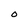
Character: O